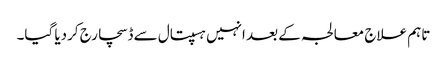
تاہم علاج معالجہ کے بعد انہیں ہسپتال سے ڈسچارج کردیا گیا۔